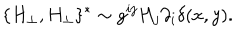
\{ H _ { \perp } , H _ { \perp } \} ^ { * } \sim g ^ { i j } H _ { j } \partial _ { i } \delta ( x , y ) .